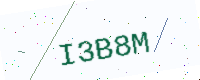
Text: I3B8M